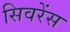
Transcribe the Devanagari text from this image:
सिवरेंस